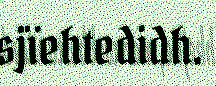
sjïehtedidh.